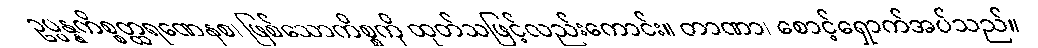
ဥပ္ပန္နကိစ္စတ္ထရဏေနစ၊ ဖြစ်သောကိစ္စကို ထုတ်သဖြင့်လည်းကောင်း။ တာဏာ၊ စောင့်ရှောက်အပ်သည်။